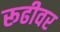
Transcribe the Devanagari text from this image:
रूढीवर